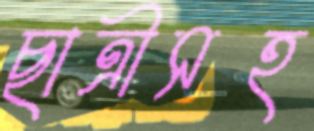
ছাত্রীসহ